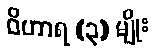
ဝိဟာရ (၃) မျိုး